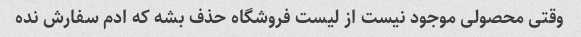
وقتی محصولی موجود نیست از لیست فروشگاه حذف بشه که ادم سفارش نده